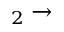
_ 2 \to